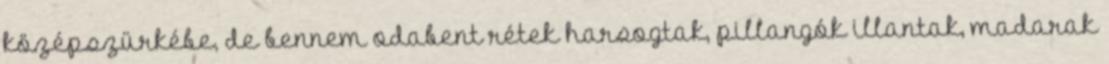
középszürkébe, de bennem odabent rétek harsogtak, pillangók illantak, madarak